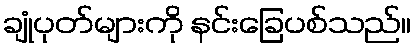
ချုံပုတ်များကို နင်းခြေပစ်သည်။